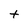
Character: t